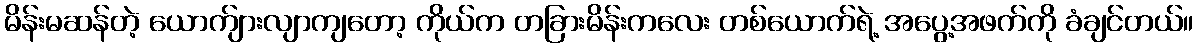
မိန်းမဆန်တဲ့ ယောက်ျားလျာကျတော့ ကိုယ်က တခြားမိန်းကလေး တစ်ယောက်ရဲ့ အပွေ့အဖက်ကို ခံချင်တယ်။